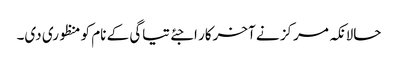
حالانکہ مرکز نے آخرکار اجئے تیاگی کے نام کو منظوری دی۔